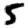
Digit: 5